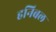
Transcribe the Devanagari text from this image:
हनिबल